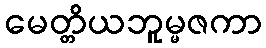
မေတ္တိယဘူမ္မဇကာ